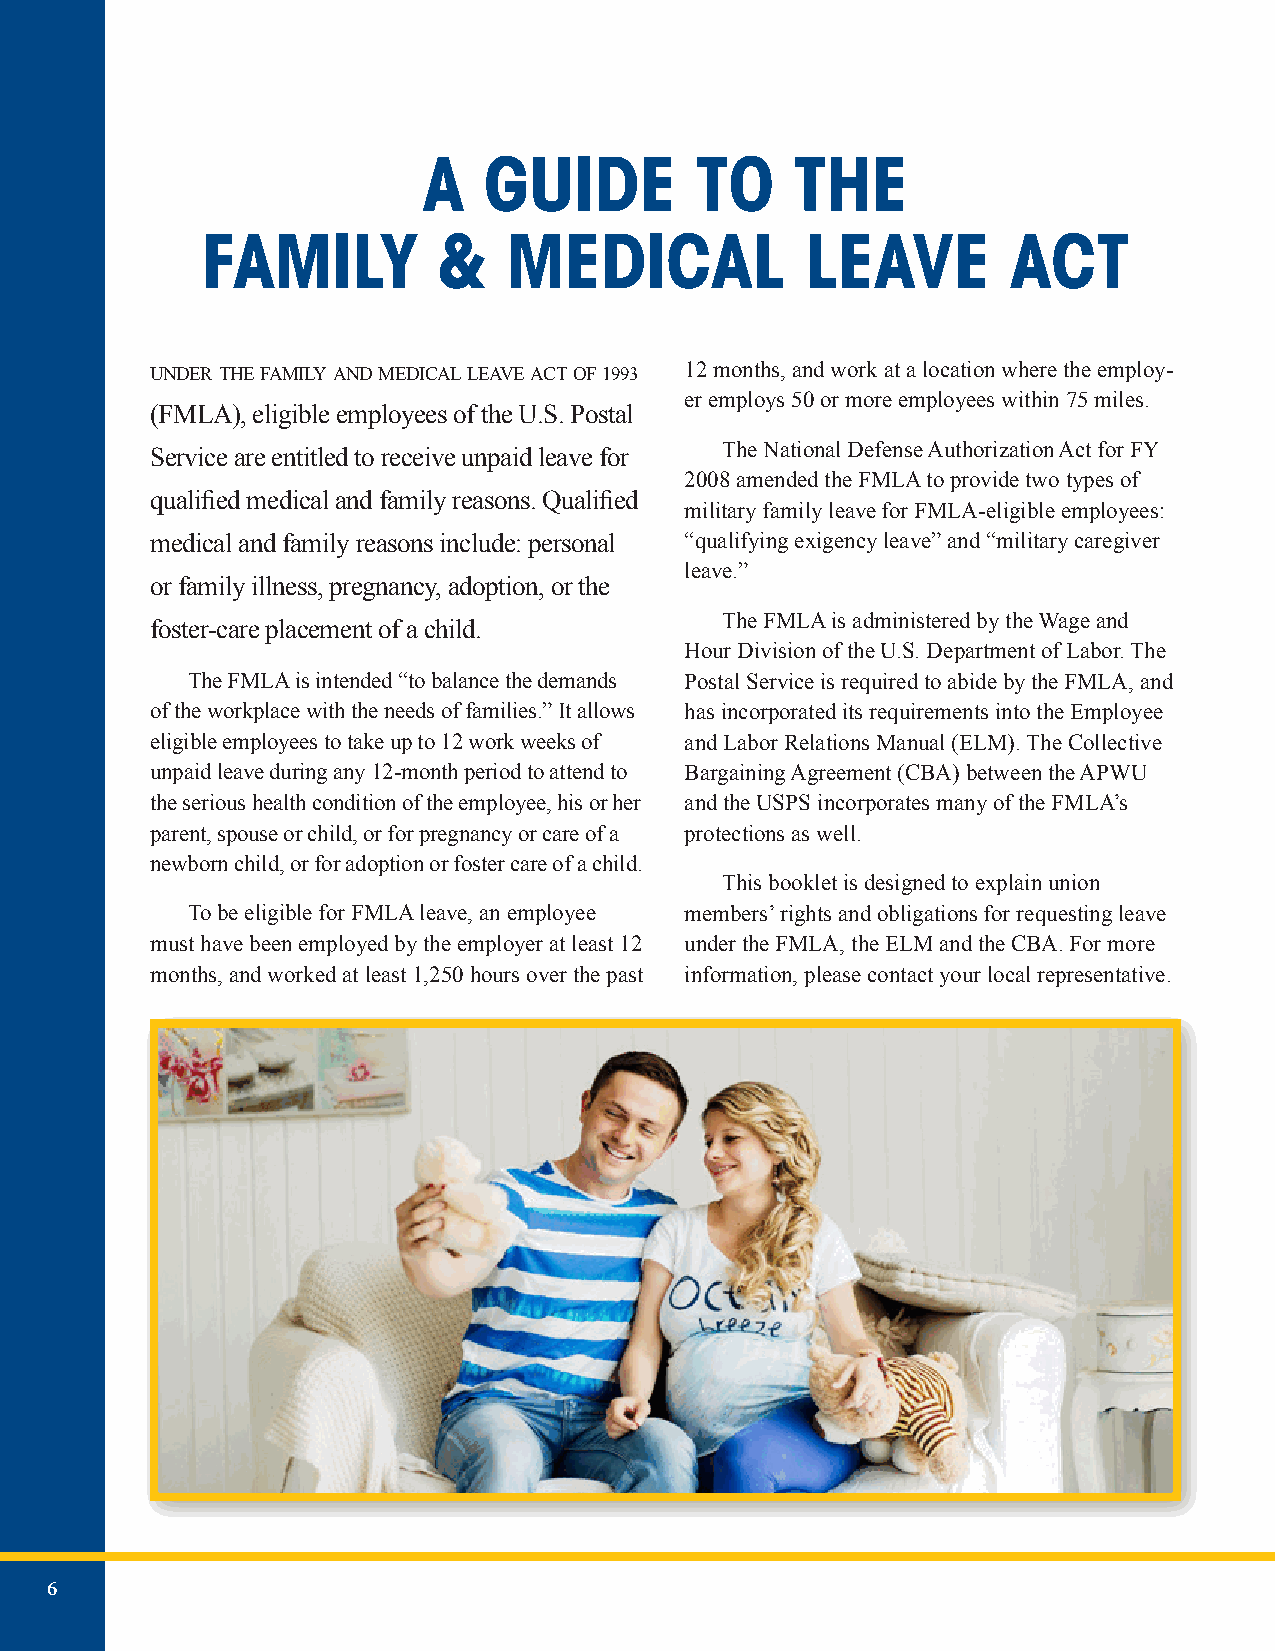
A   GUIDE         TO     THE
 FAMILY          &    MEDICAL            LEAVE         ACT
 under the family and medical leave act of 1993 12 months, and work at a location where the employ-
 er employs 50 or more employees within 75 miles.
 (FMLA), eligible employees of the U.S. Postal
 Service are entitled to receive unpaid leave for The National Defense Authorization Act for FY
 2008 amended the FMLA to provide two types of
 qualified medical and family reasons. Qualified
 military family leave for FMLA-eligible employees:
 medical and family reasons include: personal “qualifying exigency leave” and “military caregiver
 leave.”
 or family illness, pregnancy, adoption, or the
 The FMLA is administered by the Wage and
 foster-care placement of a child.
 Hour Division of the U.S. Department of Labor. The
 The FMLA is intended “to balance the demands Postal Service is required to abide by the FMLA, and
 of the workplace with the needs of families.” It allows has incorporated its requirements into the Employee
 eligible employees to take up to 12 work weeks of and Labor Relations Manual (ELM). The Collective
 unpaid leave during any 12-month period to attend to Bargaining Agreement (CBA) between the APWU
 the serious health condition of the employee, his or her and the USPS incorporates many of the FMLA’s
 parent, spouse or child, or for pregnancy or care of a protections as well.
 newborn child, or for adoption or foster care of a child.
 This booklet is designed to explain union
 To be eligible for FMLA leave, an employee members’ rights and obligations for requesting leave
 must have been employed by the employer at least 12 under the FMLA, the ELM and the CBA. For more
 months, and worked at least 1,250 hours over the past information, please contact your local representative.
 6